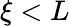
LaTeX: \xi<L